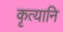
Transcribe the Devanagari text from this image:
कृत्यानि